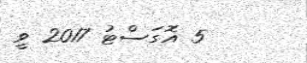
5 އޮގަސްޓު 2017 ވީ